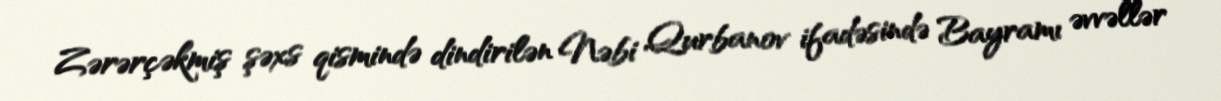
Zərərçəkmiş şəxs qismində dindirilən Nəbi Qurbanov ifadəsində Bayramı əvvəllər